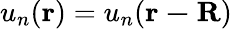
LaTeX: u_{n}(\mathbf{r})=u_{n}(\mathbf{r-R})